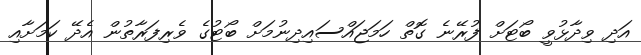
އަދި ވިދާޅުވީ ބޯޓަށް ފުރޭނެ ގޮތް ހަމަޖައްސައިދިނުމަށް ބޯޓުގެ ވެރިފަރާތުން އެދޭ ކަމަށާއި